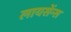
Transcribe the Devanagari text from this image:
लायसेंन्स